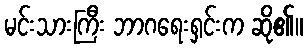
မင်းသားကြီး ဘာဂရေးရှင်းက ဆို၏။